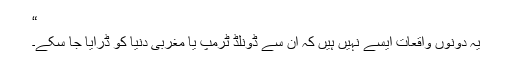
“
یہ دونوں واقعات ایسے نہیں ہیں کہ ان سے ڈونلڈ ٹرمپ یا مغربی دنیا کو ڈرایا جا سکے۔